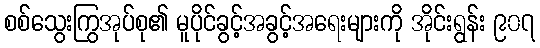
စစ်သွေးကြွအုပ်စု၏ မူပိုင်ခွင့်အခွင့်အရေးများကို အိုင်းရွန်း ၉၀၇